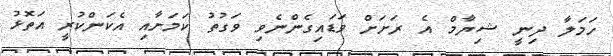
ހަމަލާ ދިނީ ޝިޔާމް އެ ރަށަށް ވަޑައިގެންނެވި ވަގުތު ކަމަށާއި އެކަންކުރީ އަތޮޅު